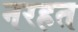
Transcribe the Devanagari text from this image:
नरहत